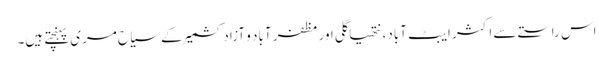
اس راستے سے اکثر ایبٹ آباد، نتھیاگلی اور مظفر آباد و آزادکشمیر کے سیاح مری پہنچتے ہیں۔